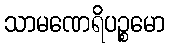
သာမဏေရိပဉ္စမော